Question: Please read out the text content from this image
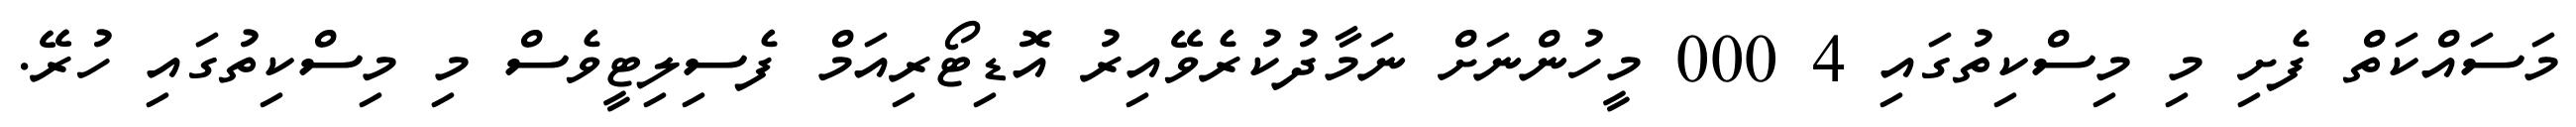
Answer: މަސައްކަތް ފެށި މި މިސްކިތުގައި 4 000 މީހުންނަށް ނަމާދުކުރެވޭއިރު އޮޑިޓޯރިއަމް ފެސިލިޓީވެސް މި މިސްކިތުގައި ހުރޭ.